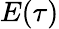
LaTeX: E(\tau)